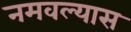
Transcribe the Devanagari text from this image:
नमवल्यास